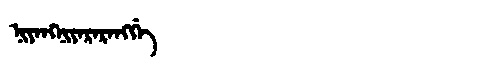
Manchu: ᠨᡳᠶᠠᠩᠨᡳᠶᠠᡵᠠᡵᠠᠩᡤᡝ
Romanization: NIYANGNIYARARANGGE